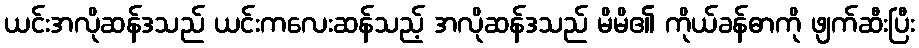
ယင်းအလိုဆန်ဒသည် ယင်းကလေးဆန်သည့် အလိုဆန်ဒသည် မိမိ၏ ကိုယ်ခန်ဓာကို ဖျက်ဆီးပြီး